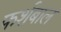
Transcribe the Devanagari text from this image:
फर्शबाल